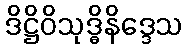
ဒိဋ္ဌိဝိသုဒ္ဓိနိဒ္ဒေသ